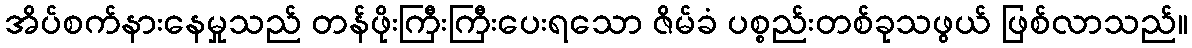
အိပ်စက်နားနေမှုသည် တန်ဖိုးကြီးကြီးပေးရသော ဇိမ်ခံ ပစ္စည်းတစ်ခုသဖွယ် ဖြစ်လာသည်။